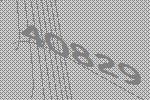
40829